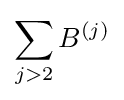
\sum _{j>2}B^{(j)}